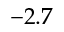
- 2 . 7